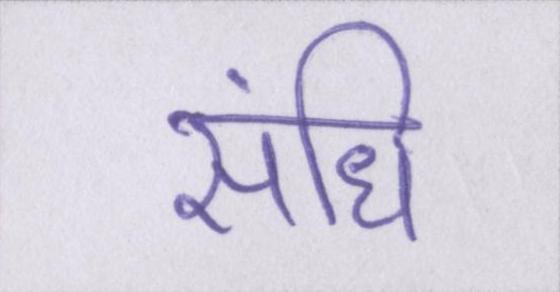
संधि